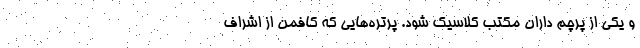
و یکی از پرچم داران مکتب کلاسیک شود. پرتره‌هایی که کافمن از اشراف